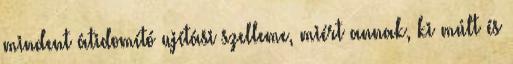
mindent átidomító ujítási szelleme, miért annak, ki múlt és